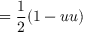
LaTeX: = { \frac { 1 } { 2 } } ( 1 - u u )